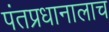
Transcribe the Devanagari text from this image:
पंतप्रधानालाच